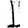
Digit: 1